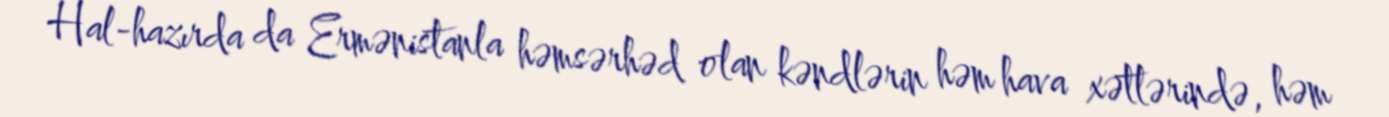
Hal-hazırda da Ermənistanla həmsərhəd olan kəndlərin həm hava xətlərində, həm